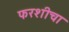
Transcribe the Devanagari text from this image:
फरशीचा